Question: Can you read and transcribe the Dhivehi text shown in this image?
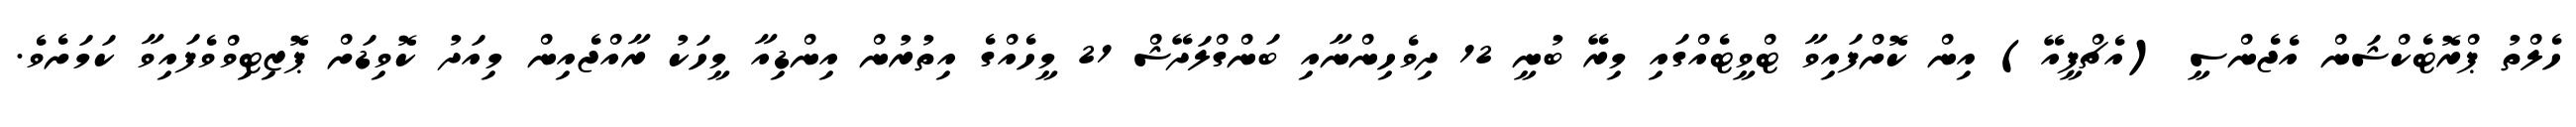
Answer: ހެލްތު ޕްރޮޓެކްޝަން އެޖެންސީ (އެޗްޕީއޭ) އިން ކޮށްފައިވާ ޓްވީޓެއްގައި މިރޭ ބުނީ 12 ދިވެހިންނާއި ބަންގްލަދޭޝް 21 މީހެއްގެ އިތުރުން އިންޑިއާ މީހަކު ރާއްޖެއިން މިއަދު ކޮވިޑަށް ޕޮޒިޓިވްވެފައިވާ ކަމަށެވެ.